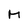
Character: M